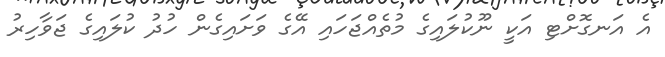
އެ އަނގޮށްޓި އަކީ ނޫކުލައިގެ މުތެއްޖަހައި އޭގެ ވަށައިގެން ހުދު ކުލައިގެ ޖަވާހިރު